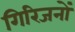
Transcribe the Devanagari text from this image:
गिरिजनों